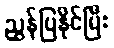
ညွှန်ပြနိုင်ပြီး